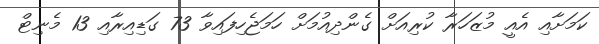
ކަމަށާއި އެއީ މުޒަހަރާ ކުރިއަށް ގެންދިއުމަށް ހަމަޖެހިފައިވާ 73 ގަޑިއިރާއި 13 މެނިޓް